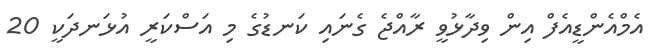
އެމްއެންޑީއެފް އިން ވިދާޅުވީ ރާއްޖެ ގެނައި ކަނޑުގެ މި އަސްކަރީ އުޅަނދަކީ 20